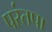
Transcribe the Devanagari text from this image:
परंतपा